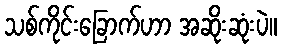
သစ်ကိုင်းခြောက်ဟာ အဆိုးဆုံးပဲ။